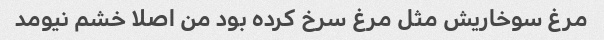
مرغ سوخاریش مثل مرغ سرخ کرده بود من اصلا خشم نیومد